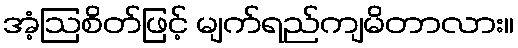
အံ့ဩစိတ်ဖြင့် မျက်ရည်ကျမိတာလား။